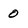
Character: 0